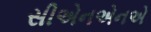
સીએનએનએ